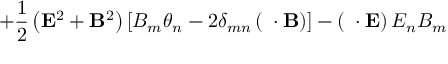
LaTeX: + \frac 1 2 \left( { \bf E } ^ { 2 } + { \bf B } ^ { 2 } \right) \left[ B _ { m } \theta _ { n } - 2 \delta _ { m n } \left( { \bf \theta } \cdot { \bf B } \right) \right] - \left( { \bf \theta } \cdot { \bf E } \right) E _ { n } B _ { m }